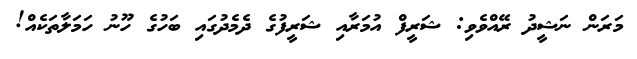
މަރަން ނަޝީދު ރޭއްވެވި: ޝަރީފް އުމަރާއި ޝަރީފުގެ ދެމެދުގައި ބަހުގެ ހޫނު ހަމަލާތަކެއް!